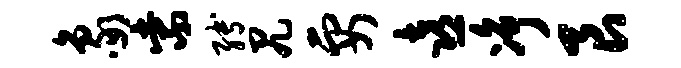
象紫缚尻要喜净艮